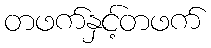
တဖက်နှင့်တဖက်